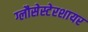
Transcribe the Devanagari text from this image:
ग्लौसेस्टेरशायर